Annual administration report of the Civil Veterinary Department of India - 1895-1896
Year: 1895
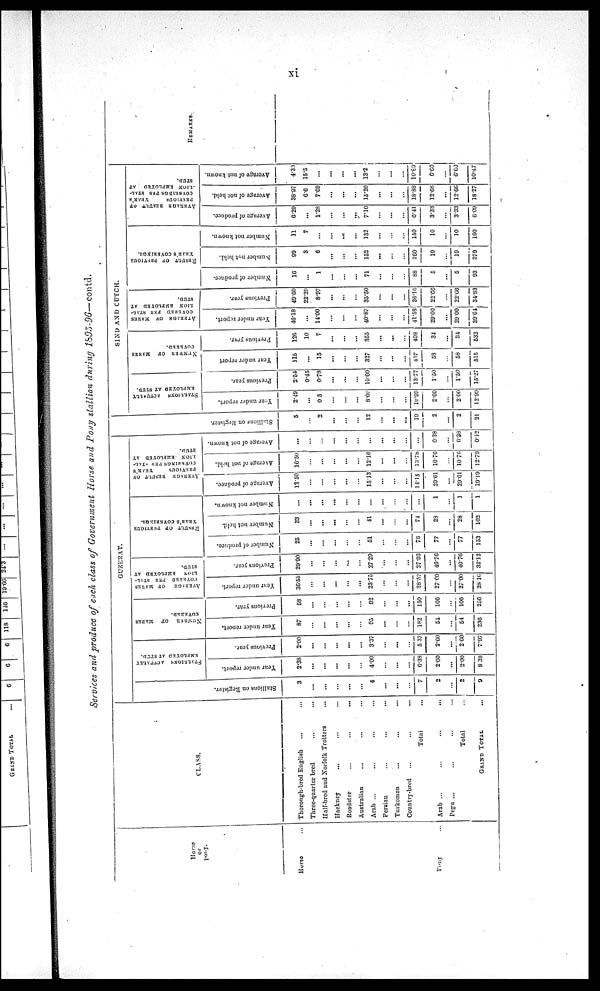
xi
Services and produce of each class of Government Horse and Pony stallion during 1895-96—contd.
Horse
or
pony.
Horse ...
Pony ...
CLASS.
Thorough-bred English ... ...
Three-quartor bred ... ...
Half-bred and Norfolk Trotters ...
Hackney ... ... ...
Roadster
...
...
...
Australian ... ... ...
Arab ... ... ...
Persian ... ... ...
Turkoman ... ... ...
Country-bred ... ... ...
Total ...
Arab ... ... ... ...
Pegu ... ... ... ...
Total ...
GRAND TOTAL ....
GUZERAT.
Stallions on Register.
3
...
...
...
...
...
4
...
...
...
7
2
...
2
9
STALLIONS ACTUALLY
EMPLOYED AT STUD.
Year under report.
2.38
...
...
...
...
...
4.00
...
...
...
6.38
2.00
...
2.00
8. 38
Previous year.
2.00
...
...
...
...
...
3.37
...
...
...
5 37
2.60
...
2.60
7.97
NUMBER
OF
MARES
COVERED.
Year under report.
87
...
...
...
...
...
95
...
...
...
182
54
...
54
236
Previous year.
58
...
...
...
...
...
92
...
...
...
150
106
...
106
256
AVERAGE
OF
MARES
COVERED
PER
STAL-
LION
EMPLOYED
AT
STUD.
Year under report.
36.55
...
...
...
...
...
23.75
...
...
...
28.52
27 00
...
27.00
28.16
Previous year.
29.90
...
...
...
...
...
27.29
...
...
...
27.93
40.76
...
40.76
32.12
RESULT OF PREVIOUS
YEAR'S COVERINGS.
Number of produce.
25
...
...
...
...
...
51
...
...
...
76
77
...
77
153
Number not held.
33
...
...
...
...
...
41
...
...
...
74
28
...
28
102
Number not known.
...
...
...
...
...
...
...
...
...
...
...
1
...
1
1
AVERAGE
RESULT
OF
PREVIOUS
YEAR'S
COVERINGS PER STAL-
LION
EMPLOYED
AT
STUD.
Average of produce.
12.50
...
...
...
...
...
15.13
...
...
...
14.15
29.61
...
29.61
19.19
Average of not held.
16.50
...
...
...
...
...
12.16
...
...
...
13.78
10.76
...
10.76
12.79
Average of not known.
...
...
...
...
...
...
...
...
...
...
...
0.38
...
0.38
0.12
Stallions on Register.
5
...
2
...
...
...
12
...
...
...
19
2
...
2
21
SIND AND CUTCH.
STALLIONS
ACTUALLY
EMPLOYED
AT
STUD.
Year
under report.
2.49
0.5
...
...
...
8.00
...
...
...
10.99
2.00
...
2.00
12.99
Previous year.
2.54
0.45
0.78
...
...
...
10.00
...
...
...
13.77
1.50
...
1.50
15.27
NUMBER
OF
MARES
COVERED.
Year under report
115
...
15
...
...
...
327
...
...
...
457
58
...
58
515
Previous year.
126
10
7
...
...
...
355
...
...
...
498
34
...
34
532
AVERAGE
OF
MARES
COVERED
PER
STAL-
LION
EMPLOYED
AT
STUD.
Year under report.
46.18
...
14.00
...
...
...
40.87
...
...
...
41.58
29.00
...
29.00
39.64
Previous year.
49.60
22.20
8.97
...
...
...
35.50
...
...
...
36.16
22.66
...
22.66
34.83
RESULT OF PREVIOUS
YEAR'S
COVERINGS.
Number of produce.
16
...
1
...
...
...
71
...
...
...
88
5
...
5
93
Number
not held.
99
3
6
...
...
...
152
...
...
...
260
19
...
19
279
Number not known.
11
7
...
...
...
...
132
...
...
...
150
10
...
10
160
AVERAGE
RESULT
OF
PREVIOUS
YEAR'S
COVERINGS
PER
STAL-
LION
EMPLOYED
AT
STUD.
Average of produce.
6.29
...
1.28
...
...
......
7.10
...
...
...
6.41
3.33
...
3.33
6.09
Average of not held.
38.97
6.6
7.69
...
...
...
15.20
...
...
18.88
12.66
...
12.66
18.27
Average of not known.
4.33
15.5
...
...
...
...
13.2
...
...
...
10.89
6.60
...
6.60
10.47
REMARKS.